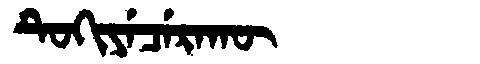
Manchu: ᡨᡠᡴᡳᠶᡝᠴᡝᡵᠠᡴᡡ
Romanization: TUKIYECERAKŪ